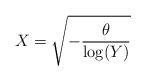
LaTeX: \begin{align*}X= \sqrt{ -\frac{\theta}{\log (Y)}}\end{align*}